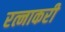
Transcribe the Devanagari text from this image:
रत्नाकरी